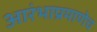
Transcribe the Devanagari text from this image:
आरंभाप्रमाणेच